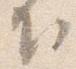
下